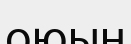
оюын